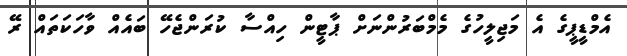
އެމްޑީޕީގެ އެ މަޖިލީހުގެ މެމްބަރުންނަށް ޕާޓީން ހިއްސާ ކުރަންޖެހޭ ބައެއް ވާހަކަތައް ރޭ